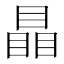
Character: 瞐